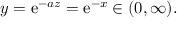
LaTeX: y = \mathrm { e } ^ { - a z } = \mathrm { e } ^ { - x } \in ( 0 , \infty ) .